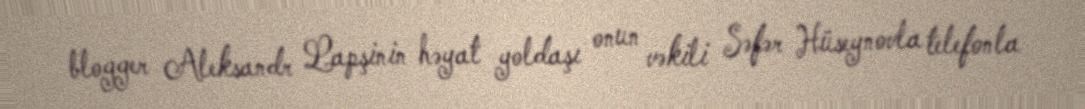
blogger Aleksandr Lapşinin həyat yoldaşı onun vəkili Səfər Hüseynovla telefonla